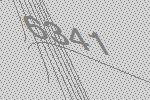
6341